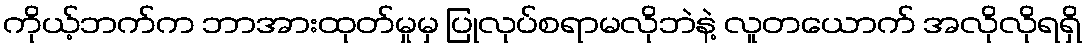
ကိုယ့်ဘက်က ဘာအားထုတ်မှုမှ ပြုလုပ်စရာမလိုဘဲနဲ့ လူတယောက် အလိုလိုရရှိ